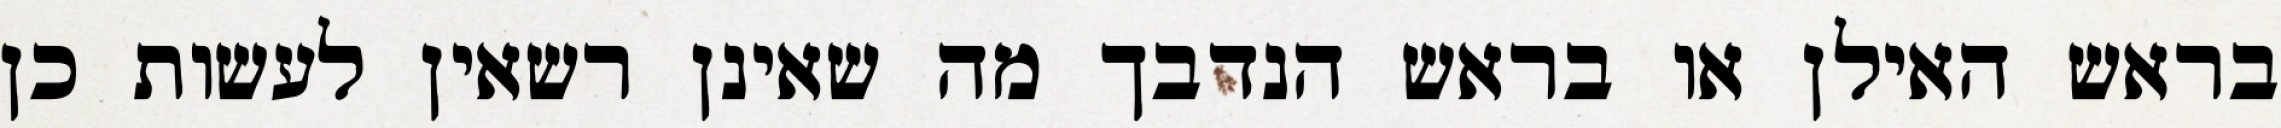
בראש האילן או בראש הנדבך מה שאינן רשאין לעשות כן